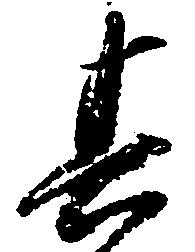
其